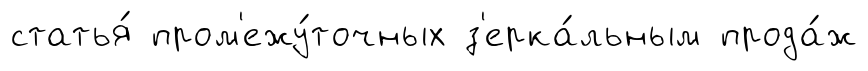
статья́ пром'ежу́точных з'ерка́льным прода́ж